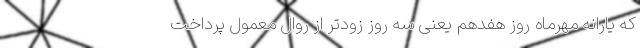
که یارانه مهرماه روز هفدهم یعنی سه روز زودتر از روال معمول پرداخت